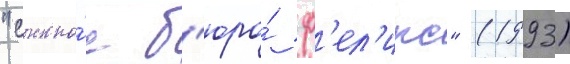
"сыскно́е б'юро́ ф'ел'икс" (1993)